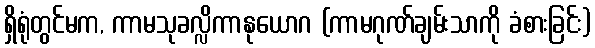
ရှိရုံတွင်မက, ကာမသုခလ္လိကာနုယောဂ (ကာမဂုဏ်ချမ်းသာကို ခံစားခြင်း)